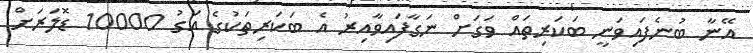
އޭނާ ބުނެފައިވަނީ ބަކަރިތައް ވަގަށް ނަގާފައިވާއިރު އެ ބަކަރިތަކުގެ އަގު 10000 ޑޮލަރަށް